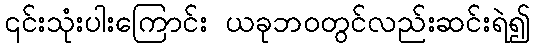
၎င်းသုံးပါးကြောင်း ယခုဘဝတွင်လည်းဆင်းရဲ၍